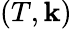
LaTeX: (T,\mathbf{k})